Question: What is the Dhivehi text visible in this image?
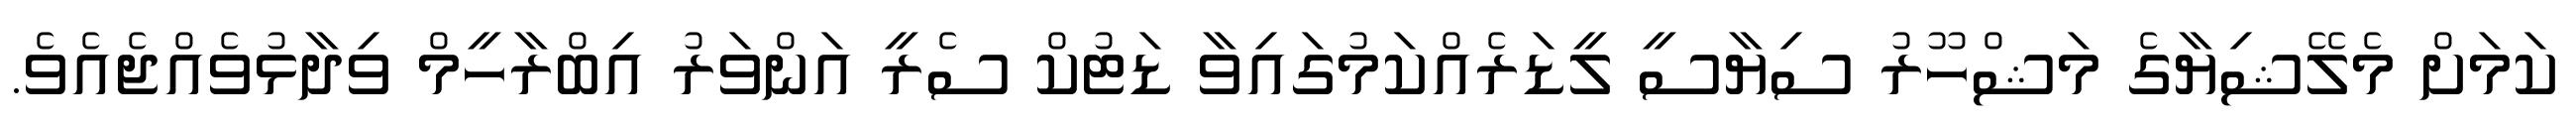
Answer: ކަމަށް މެލޭޝިޔާގެ މަޝްހޫރު ސިޔާސީ ލީޑަރެއްކަމުގައިވާ ޑަޓުކް ސެރީ އަންވަރު އިބްރާހީމް ވިދާޅުވެއްޖެއެވެ.